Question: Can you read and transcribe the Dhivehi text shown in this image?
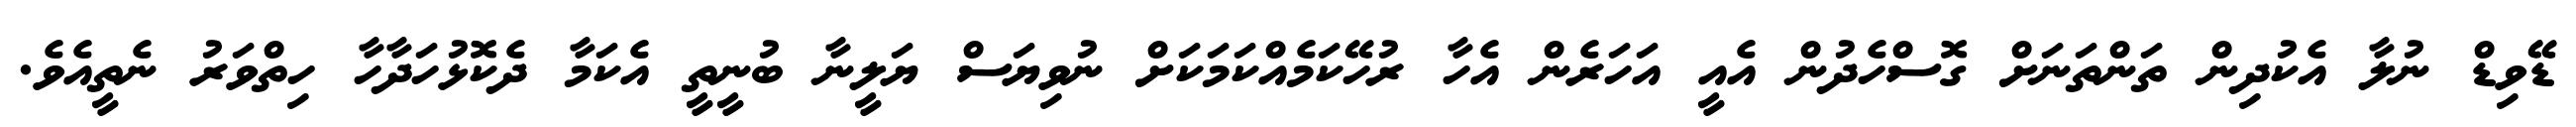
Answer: ޑޭވިޑް ނުލާ އެކުދިން ތަންތަނަށް ގޮސްހެދުން އެއީ އަހަރެން އެހާ ރުހޭކަމެއްކަމަކަށް ނުވިޔަސް ޔަލީނާ ބުނީތީ އެކަމާ ދެކޮޅުހަދާހާ ހިތްވަރު ނެތީއެވެ.